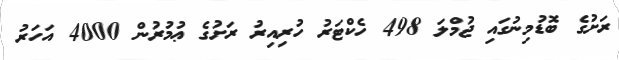
ރަށުގެ ބޮޑުމިނުގައި ޖުމްލަ 498 ހެކްޓަރު ހުރިއިރު ރަށުގެ ޢުމުރުން 4000 އަހަރު